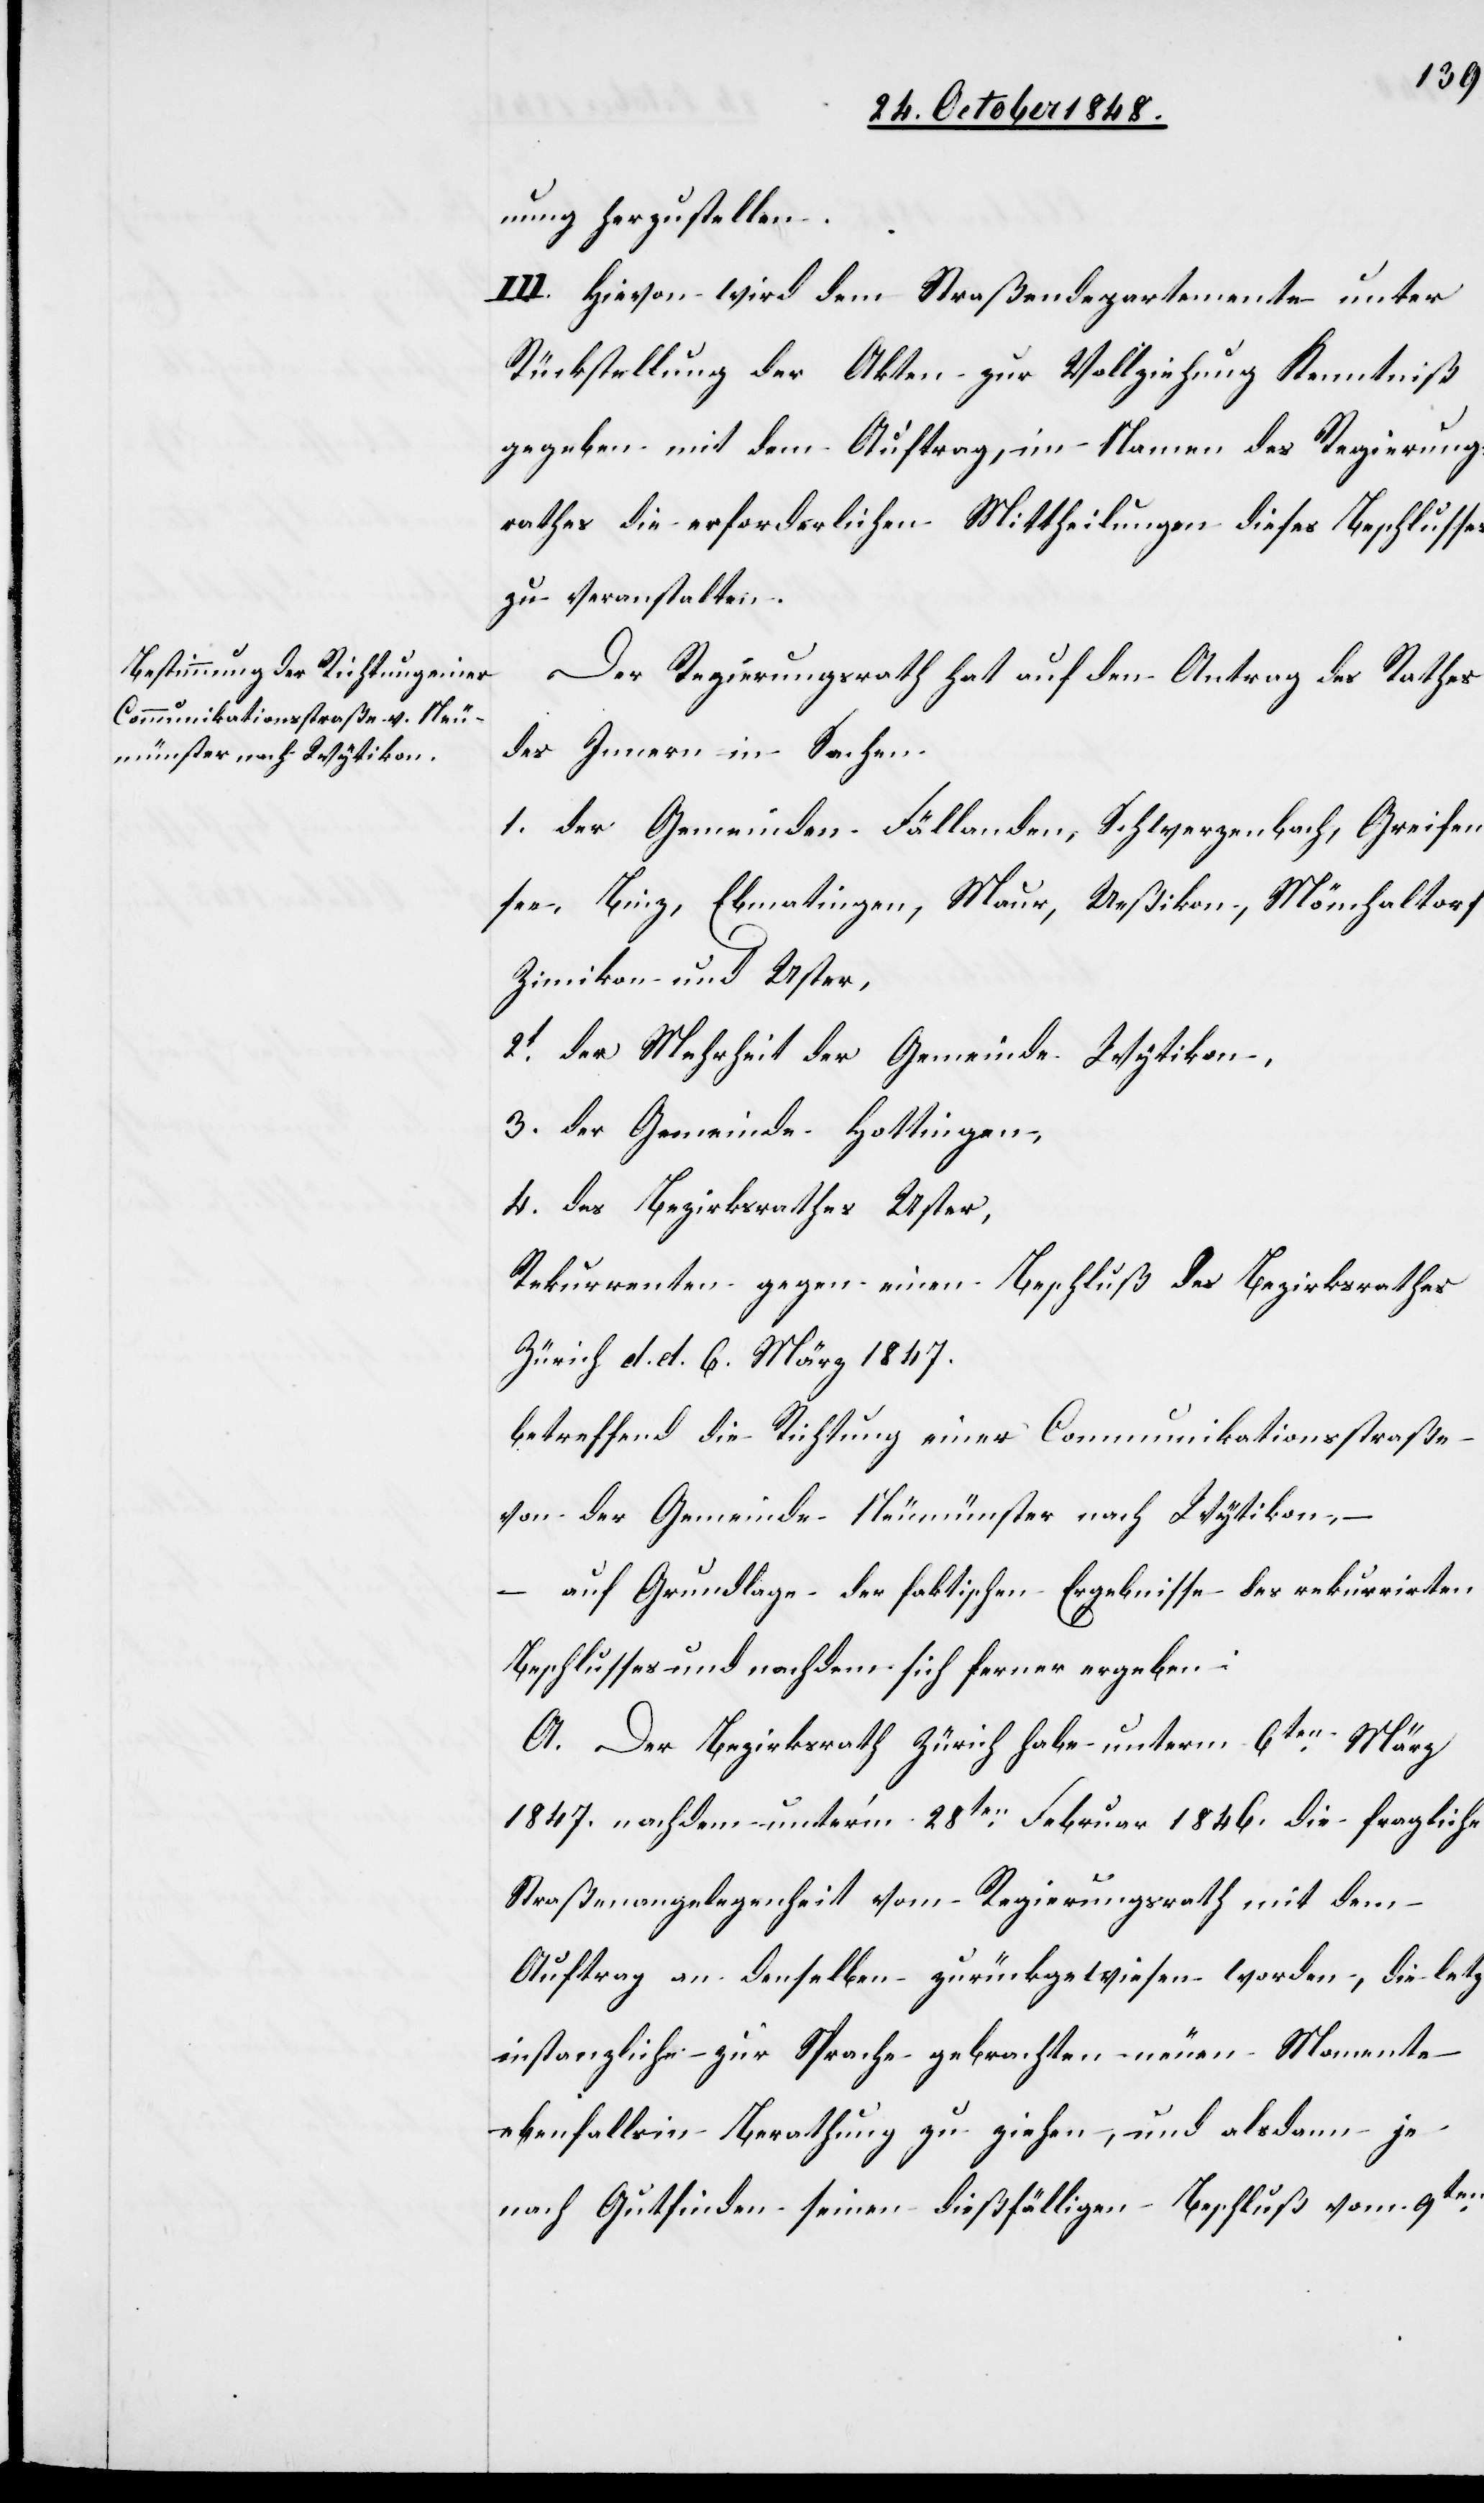
nun herzustellen.
III. Hievon wird dem Straßendepartemente unter
Rückstellung der Akten zur Vollziehung Kenntniß
gegeben mit dem Auftrag, im Namen des Regierungs¬
rathes die erforderlichen Mittheilungen dieses Beschlusse[s]
zu veranstalten.
Der Regierungsrath hat auf den Antrag des Rathes
des Innern in Sachen
1. der Gemeinden Fällanden, Schwerzenbach, Greifen¬
see, Binz, Ebmatingen, Maur, Ueßikon, Mönchaltorf,
Zimikon und Uster,
2t der Mehrheit der Gemeinde Wytikon,
3. der Gemeinde Hottingen,
4. des Bezirksrathes Uster,
Rekurrenten gegen einen Beschluß des Bezirksrathes
Zürich d. d. 6. März 1847.
betreffend die Richtung einer Communikationsstraße
von der Gemeinde Neumünster nach Wytikon, –
auf Grundlage der faktischen Ergebnisse des rekurrirten
Beschlusses und nachdem sich ferner ergeben:
A. Der Bezirksrath Zürich habe unterm 6ten März
1847. nachdem unter’m 28ten Februar 1846. die fragliche
Straßenangelegenheit vom Regierungsrath mit dem
Auftrag an denselben zurückgewiesen worden, die letzt¬
instanzliche zur Sprache gebrachten neuen Momente
ebenfalls in Berathung zu ziehen, und alsdann je
nach Gutfinden seinen dießfälligen Beschluß vom 9ten